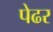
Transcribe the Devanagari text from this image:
पेढर